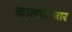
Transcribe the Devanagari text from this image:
कालाबाजार